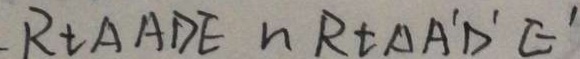
R t \Delta A D E \sim R t \Delta A ^ { \prime } D ^ { \prime } E ^ { \prime }